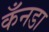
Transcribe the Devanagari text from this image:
कँनडा